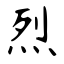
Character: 烈